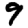
Digit: 9